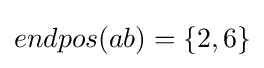
endpos(ab)=\{2,6\}